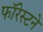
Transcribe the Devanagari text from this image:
फॉरेस्टने